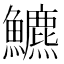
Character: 𩽁